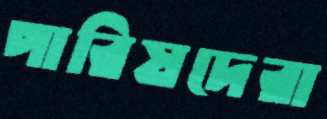
পারিষদেরা